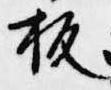
板